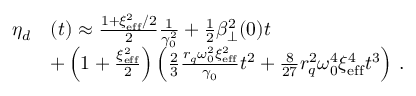
\begin{array} { r l } { \eta _ { d } } & { ( t ) \approx \frac { 1 + \xi _ { \mathrm { e f f } } ^ { 2 } / 2 } { 2 } \frac { 1 } { \gamma _ { 0 } ^ { 2 } } + \frac { 1 } { 2 } \beta _ { \perp } ^ { 2 } ( 0 ) t } \\ & { + \left( 1 + \frac { \xi _ { \mathrm { e f f } } ^ { 2 } } { 2 } \right) \left( \frac { 2 } { 3 } \frac { r _ { q } \omega _ { 0 } ^ { 2 } \xi _ { \mathrm { e f f } } ^ { 2 } } { \gamma _ { 0 } } t ^ { 2 } + \frac { 8 } { 2 7 } r _ { q } ^ { 2 } \omega _ { 0 } ^ { 4 } \xi _ { \mathrm { e f f } } ^ { 4 } t ^ { 3 } \right) \, . } \end{array}